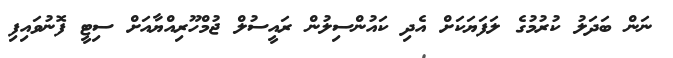
ނަން ބަދަލު ކުރުމުގެ ލަފަޔަކަށް އެދި ކައުންސިލުން ރައީސުލް ޖުމްހޫރިއްޔާއަށް ސިޓީ ފޮނުވައިފި